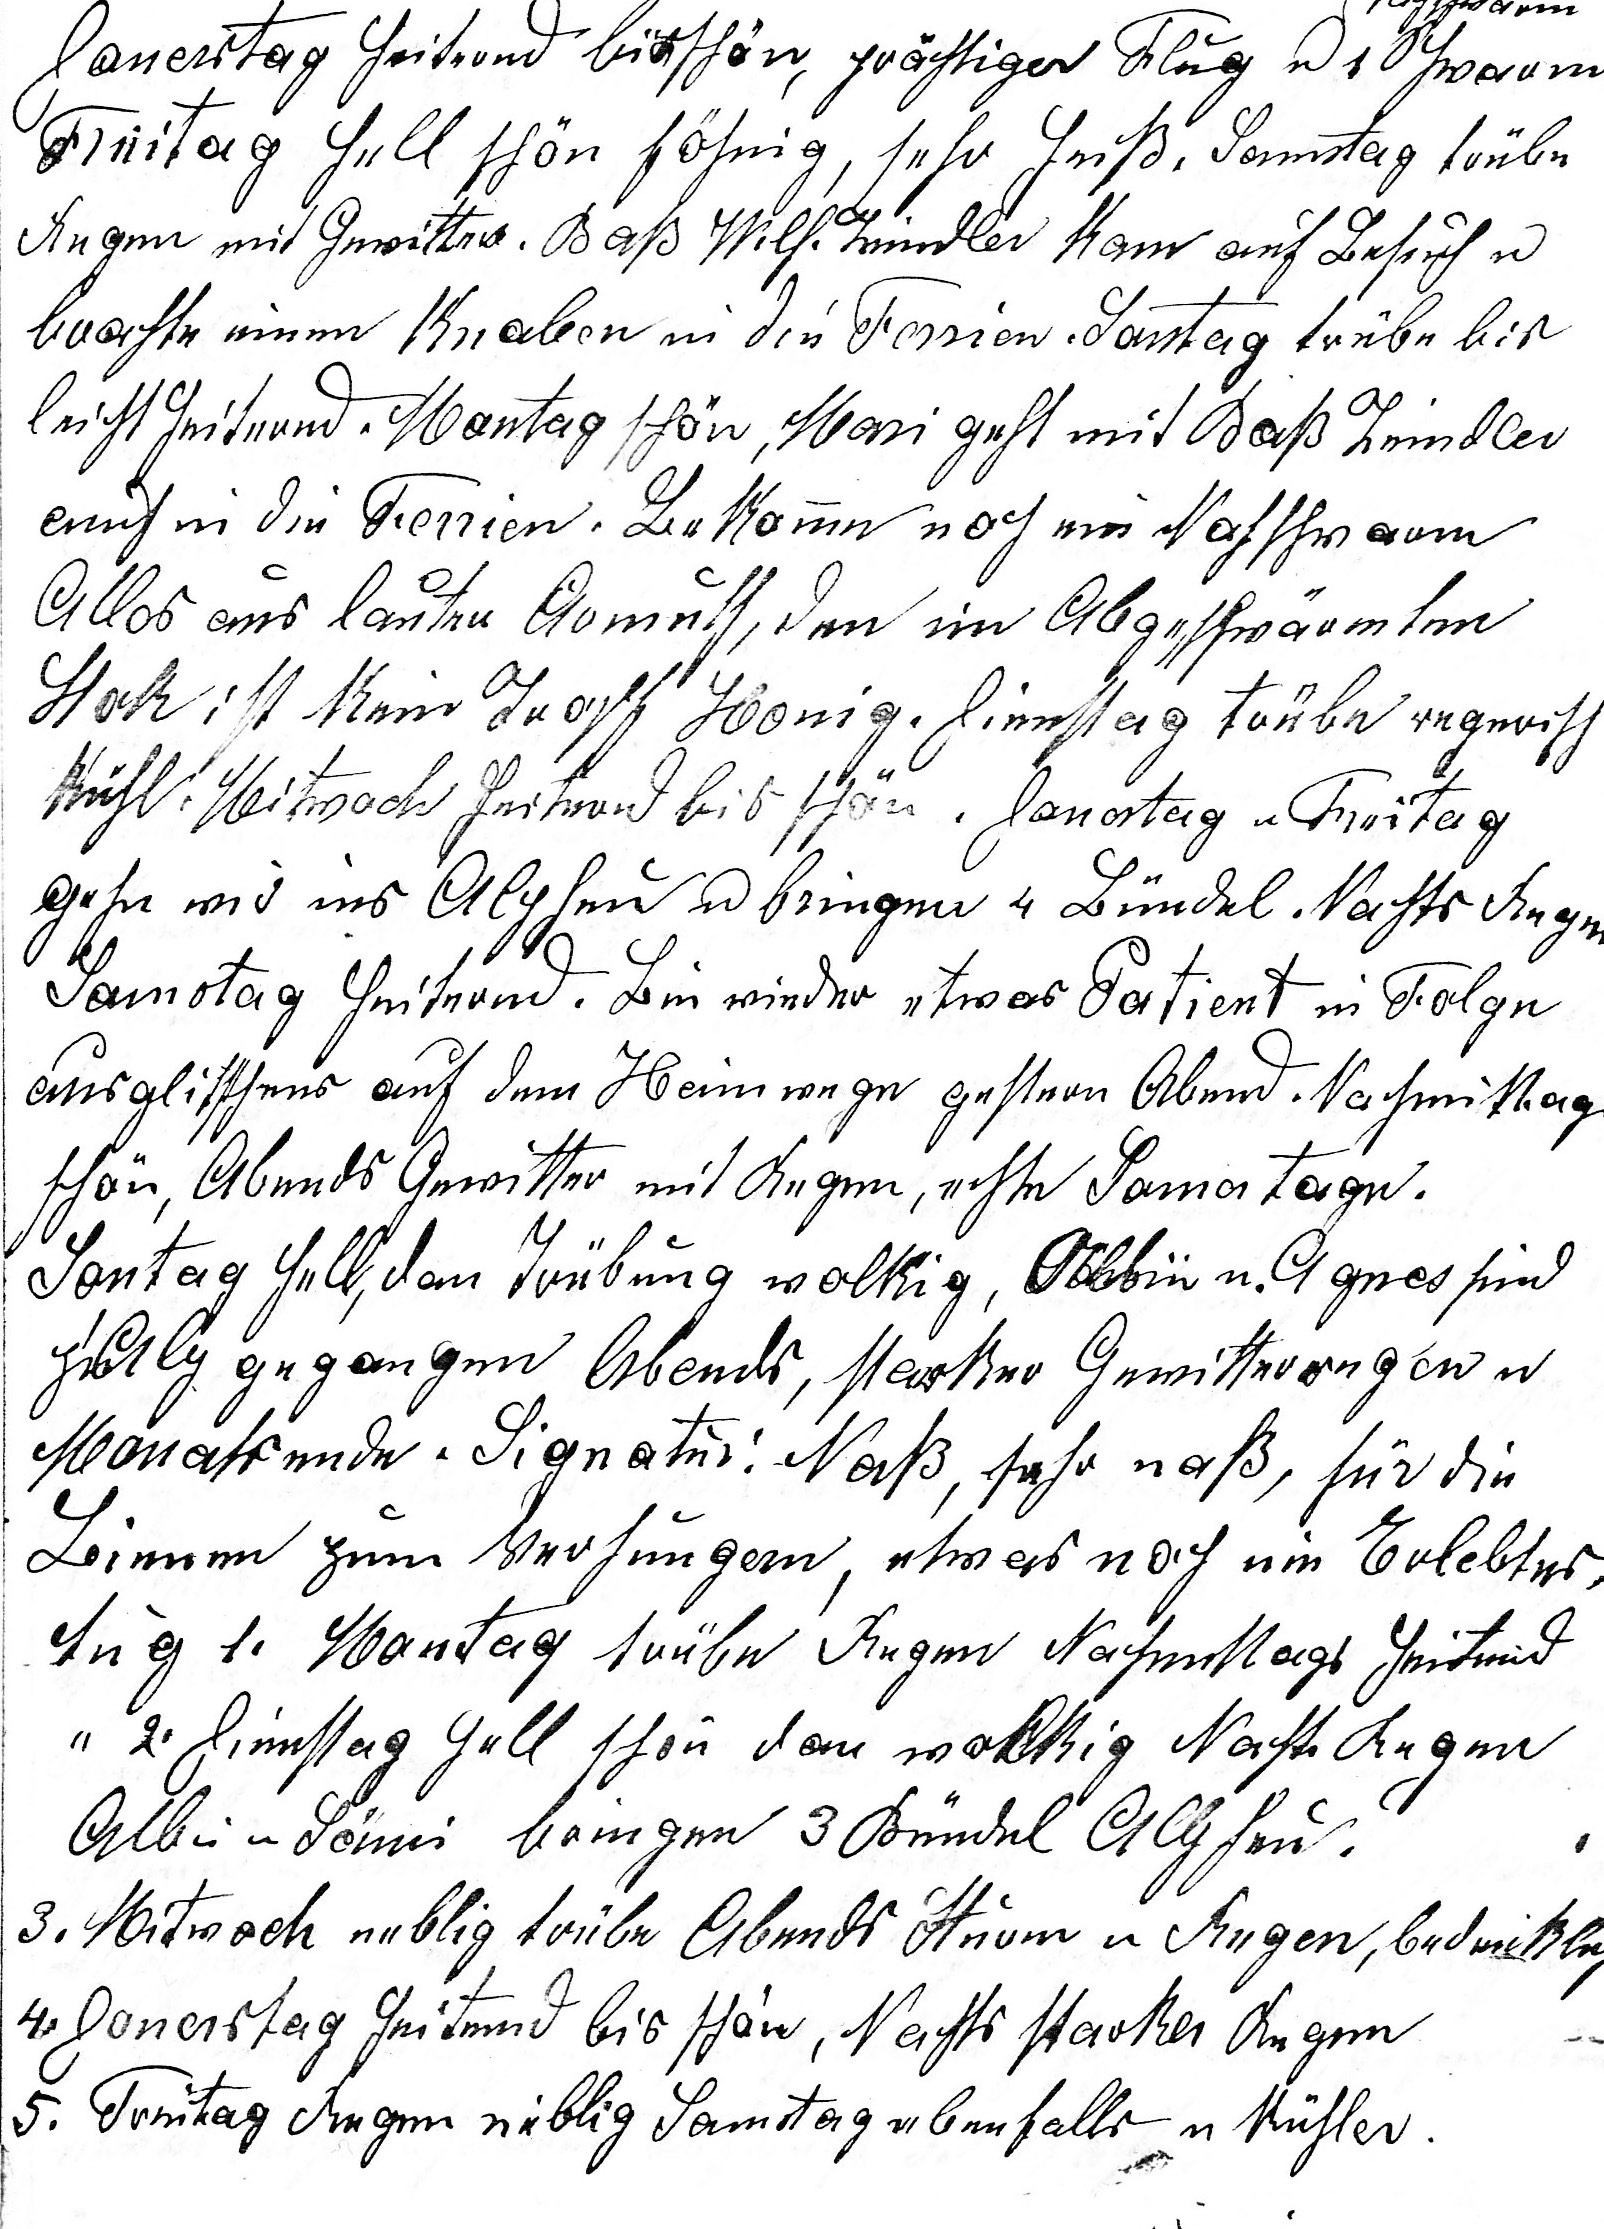
Donerstag heiternd bis schön, prächtiger Flug u 1 Nachschwarm.
Freitag hell schön föhnig, sehr heiss. Samstag trübe
Regen mit Gewitter. Bass Wilh. Zeindler kam auf Besuch u
brachte einen Knaben in die Ferien. Sontag trübe bis
leicht heiternd. Montag schön, Mari geht mit Bass Zeindler
auch in die Ferien. Bekomme noch ein Nachtschwarm
Alles aus lauter Armuth, den im Abgeschwämten
Stok ist kein Tropf Honig. Dienstag trübe regnerisch
kühl. Mitgwoch heiternd bis schön. Donerstag u Freitag
gehen wir ins Alpheu u bringen 4 Bündel. Nachts Regen
Samstag heiternd. Bin wieder etwas Patient in Folge
ausglitschens auf dem Heimweg gestern Abend. Nachmittags
schön, Abends Gewitter mit Regen, echte Somertage.
Sontag hell, dan Trübung wolkig, Albin u Agnes sind
z’Alp gegangen Abends, starker Gewitterregen u
Monatsende. Signatur: Nass, sehr nass, für die
Bienen zum Verhungern, etwas noch nie Erlebtes.
Aug. 1. Montag trübe Regen Nachmittags heiternd.
Aug. 2. Dienstag hell schön dan wolkig Nachts Regen
Albin u Sämi bringen 3 Bündel Alpheu.
3. Mitwoch neblig trübe Abends Sturm u Regen, bedenklich.
4. Donerstag heiternd bis schön, Nachts starker Regen.
 5. Freitag Regen neblig Samstag ebenfalls u kühler.